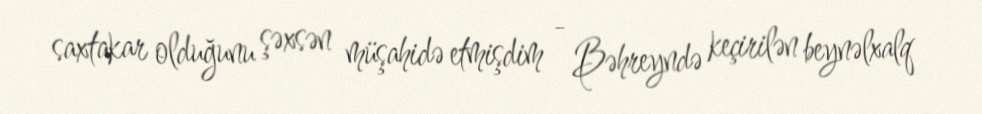
saxtakar olduğunu şəxsən müşahidə etmişdim - Bəhreyndə keçirilən beynəlxalq